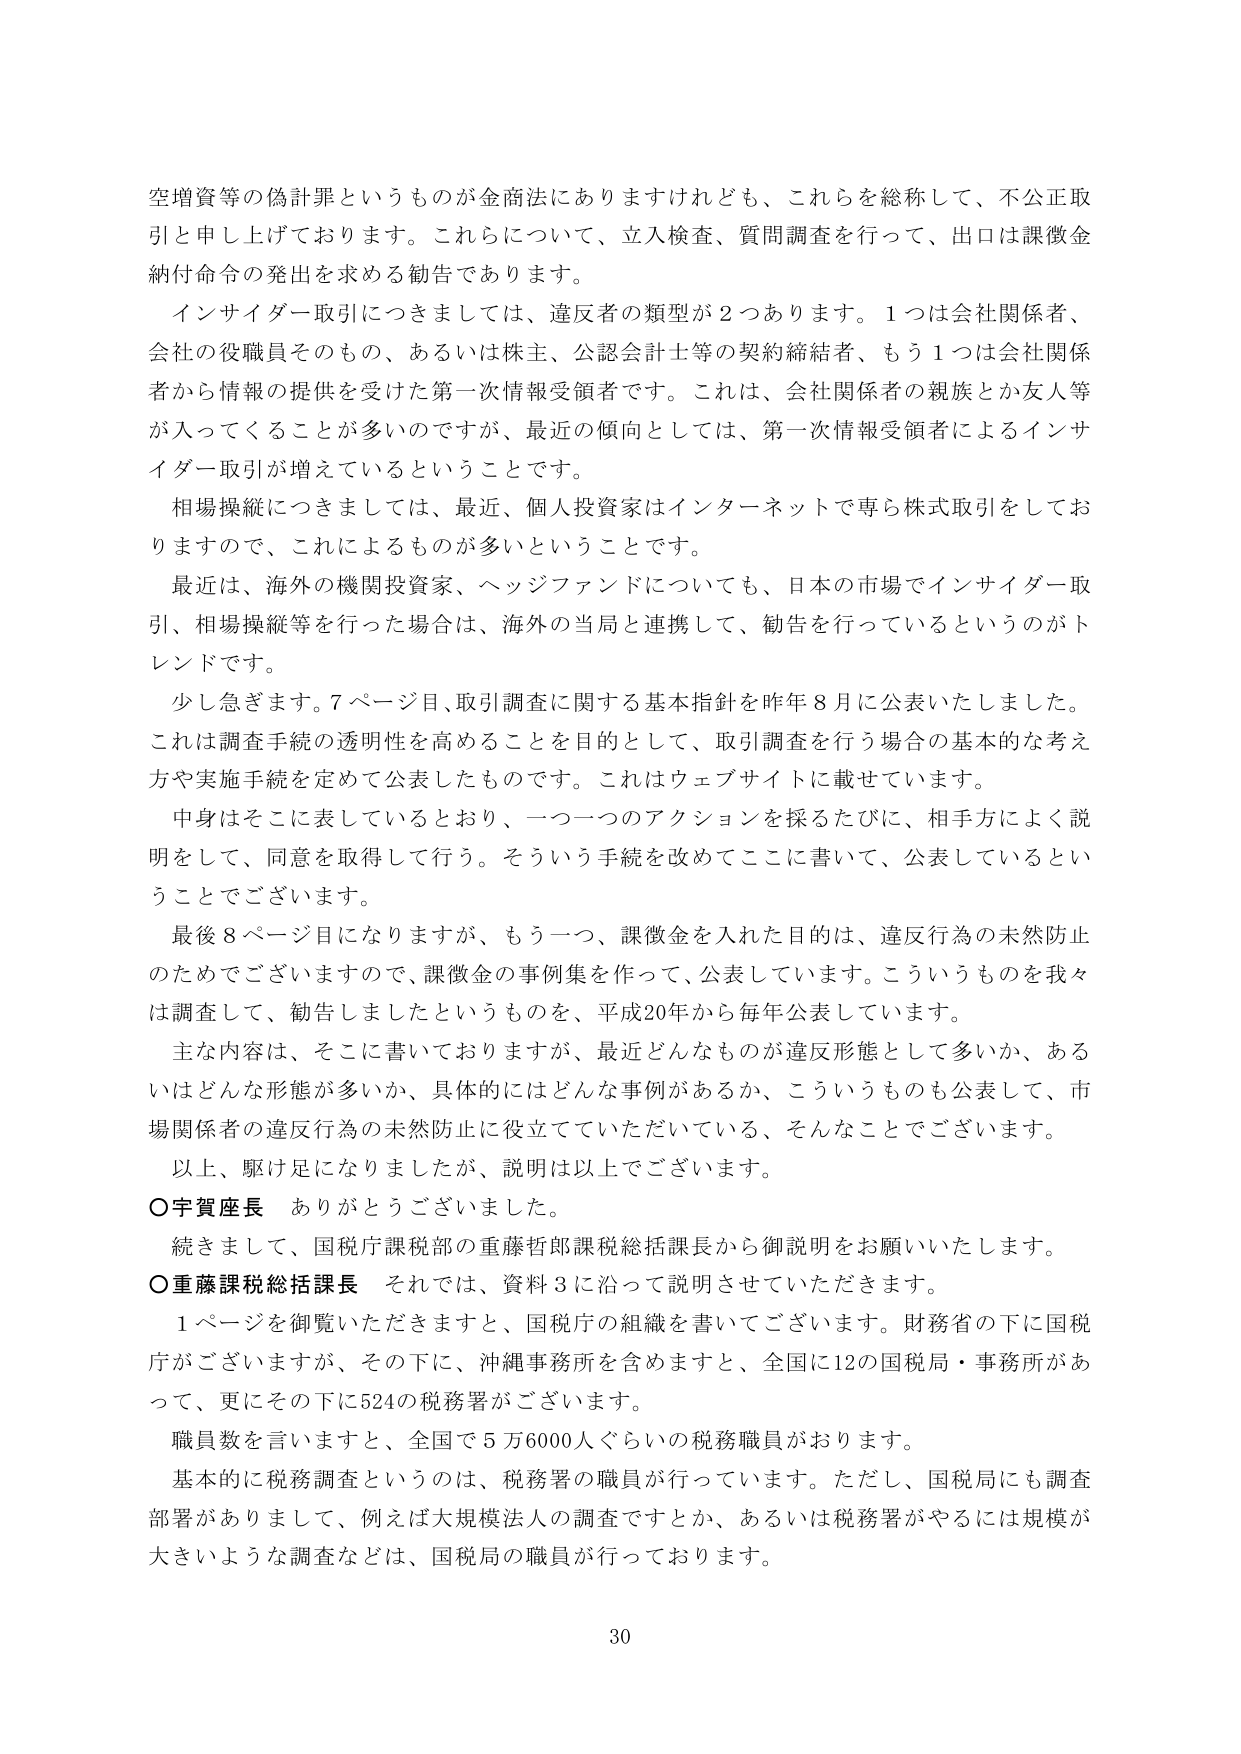
空増資等の偽計罪というものが金商法にありますけれども、これらを総称して、不公正取引と申し上げております。これらについて、立入検査、質問調査を行って、出口は課徴金納付命令の発出を求める勧告であります。

インサイダー取引につきましては、違反者の類型が２つあります。１つは会社関係者、会社の役職員そのもの、あるいは株主、公認会計士等の契約締結者、もう１つは会社関係者から情報の提供を受けた第一次情報受領者です。これは、会社関係者の親族とか友人等が入ってくることが多いのですが、最近の傾向としては、第一次情報受領者によるインサイダー取引が増えているということです。

相場操縦につきましては、最近、個人投資家はインターネットで専ら株式取引をしておりますので、これによるものが多いということです。

最近は、海外の機関投資家、ヘッジファンドについても、日本の市場でインサイダー取引、相場操縦等を行った場合は、海外の当局と連携して、勧告を行っているというのがトレンドです。

少し急ぎます。７ページ目、取引調査に関する基本指針を昨年８月に公表いたしました。これは調査手続の透明性を高めることを目的として、取引調査を行う場合の基本的な考え方や実施手続を定めて公表したものです。これはウェブサイトに載せています。

中身はそこに表しているとおり、一つ一つのアクションを採るたびに、相手方によく説明をして、同意を取得して行う。そういう手続を改めてここに書いて、公表しているということでございます。

最後８ページ目になりますが、もう一つ、課徴金を入れた目的は、違反行為の未然防止のためでございますので、課徴金の事例集を作って、公表しています。こういうものを我々は調査して、勧告しましたというものを、平成20年から毎年公表しています。

主な内容は、そこに書いておりますが、最近どんなものが違反形態として多いか、あるいはどんな形態が多いか、具体的にはどんな事例があるか、こういうものも公表して、市場関係者の違反行為の未然防止に役立てていただいている、そんなことでございます。

以上、駆け足になりましたが、説明は以上でございます。

○宇賀座長　ありがとうございました。

続きまして、国税庁課税部の重藤哲郎課税総括課長から御説明をお願いいたします。

○重藤課税総括課長　それでは、資料３に沿って説明させていただきます。

１ページを御覧いただきますと、国税庁の組織を書いてございます。財務省の下に国税庁がございますが、その下に、沖縄事務所を含めますと、全国に12の国税局・事務所があって、更にその下に524の税務署がございます。

職員数を言いますと、全国で５万6000人ぐらいの税務職員がおります。

基本的に税務調査というのは、税務署の職員が行っています。ただし、国税局にも調査部署がありまして、例えば大規模法人の調査ですとか、あるいは税務署がやるには規模が大きいような調査などは、国税局の職員が行っております。

30